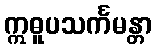
ဣဓူပသင်္ကမန္တာ